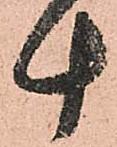
計